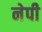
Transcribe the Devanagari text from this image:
नेपी